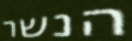
הנשר